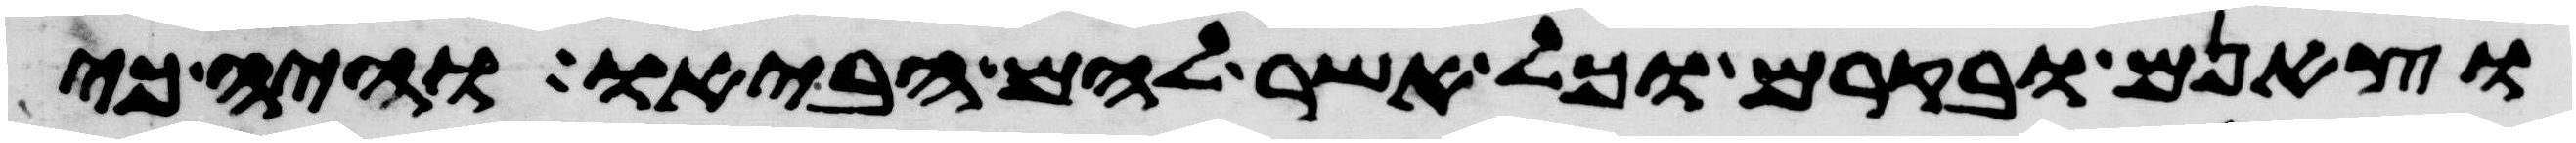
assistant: וצאנם ובקרם וכל אשר להם הביאו והיה כי